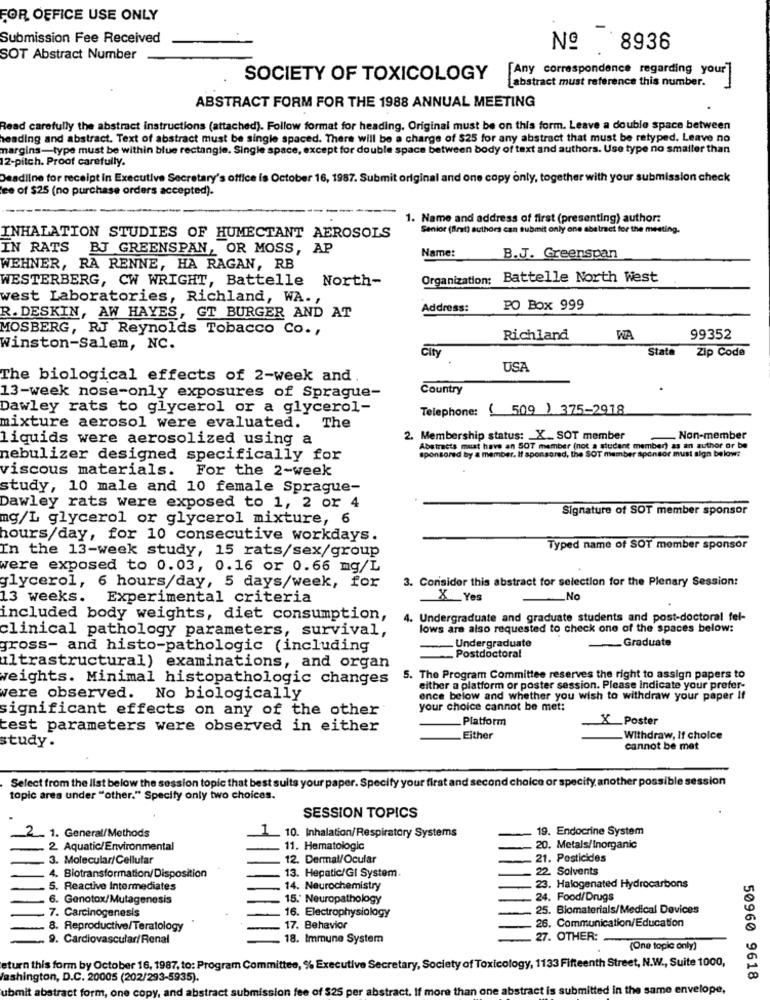
FOR OFFICE USE ONLY
Submission Fee Received
Nº 8936
SOT Abstract Number
SOCIETY OF TOXICOLOGY [Any correspondence regarding your]
Labstract must reference this number.
ABSTRACT FORM FOR THE 1988 ANNUAL MEETING
Read carefully the abstract instructions (attached). Follow format for heading. Original must be on this form. Leave a double space between
heading and abstract. Text of abstract must be single spaced. There will be a charge of $25 for any abstract that must be retyped. Leave no
margins-type must be within blue rectangle. Single space, except for double space between body of text and authors. Use type no smaller than
12-pitch. Proof carefully.
Deadline for receipt in Executive Secretary's office is October 16, 1987. Submit original and one copy only, together with your submission check
ee of $25 (no purchase orders accepted).
1. Name and address of first (presenting) author:
Senior (Brat) authors can submit only one abstract for the meeting.
INHALATION STUDIES OF HUMECTANT AEROSOLS
IN RATS BJ GREENSPAN, OR MOSS, AP
Name:
B.J. Greenspan
WEHNER, RA RENNE, HA RAGAN, RB
WESTERBERG, CW WRIGHT, Battelle North-
Organization: Battelle North West
west Laboratories, Richland, WA .,
Address:
PO Box 999
R. DESKIN, AW HAYES, GT BURGER AND AT
MOSBERG, RJ Reynolds Tobacco Co .,
Richland
WA
99352
Winston-Salem, NC.
City
State
Zip Code
USA
The biological effects of 2-week and.
Country
13-week nose-only exposures of Sprague-
Dawley rats to glycerol or a glycerol-
Telephone: ( 509) 375-2918
mixture aerosol were evaluated. The
liquids were aerosolized using a
2. Membership status: _ X_ SOT member
. Non-member
Abstracts must have an SOT member (not a student member) as an author or be
nebulizer designed specifically for
sponsored by a member. If sponsored, the SOT member sponsor must sign below:
viscous materials. For the 2-week
study, 10 male and 10 female Sprague-
Dawley rats were exposed to 1, 2 or 4
Signature of SOT member sponsor
mg/L glycerol or glycerol mixture, 6
hours/day, for 10 consecutive workdays.
In the 13-week study, 15 rats/sex/group
Typed name of SOT member sponsor
were exposed to 0.03, 0.16 or 0.66 mg/L
3. Consider this abstract for selection for the Plenary Session:
glycerol, 6 hours/day, 5 days/week, for
13 weeks. Experimental criteria
X Yes
No
included body weights, diet consumption,
4. Undergraduate and graduate students and post-doctoral fel-
clinical pathology parameters, survival,
lows are also requested to check one of the spaces below:
_Undergraduate
Graduate
gross- and histo-pathologic (including
Postdoctoral
ultrastructural) examinations, and organ
weights. Minimal histopathologic changes
5. The Program Committee reserves the right to assign papers to
either a platform or poster session. Please indicate your prefer-
vere observed. No biologically
ence below and whether you wish to withdraw your paper If
significant effects on any of the other
your choice cannot be met:
Platform
X Poster
test parameters were observed in either
study .
Either
_ Withdraw, If choice
cannot be met
Select from the list below the session topic that best suits your paper. Specify your first and second choice or specify, another possible session
topic area under "other." Specify only two choices.
SESSION TOPICS
10. Inhalation/Respiratory Systems
19. Endocrine System
. 1. General/Methods
2 Aquatic/Environmental
11. Hematologic
20. Metals/Inorganic
3. Molecular/Cellular
12. Dermal/Ocular
21. Pesticides
13. Hepatic/GI System.
22 Solvents
4. Biotransformation/Disposition
5. Reactive Intermediates
14. Neurochemistry
23. Halogenated Hydrocarbons
6. Genotax/Mutagenesis
15.' Neuropathology
24. Food/Drugs
7. Carcinogenesis
16. Electrophysiology
25. Biomaterials/Medical Devices
26. Communication/Education
8. Reproductive/Teratology
17. Behavior
. 9. Cardiovascular/Renal
18. Immune System
27. OTHER:
(One topic only)
eturn this form by October 16, 1987, to: Program Committee, % Executive Secretary, Society of Toxicology, 1133 Fifteenth Street, N.W ., Suite 1000,
ashington, D.C. 20005 (202/293-5935).
50960 9618
ubmit abstract form, one copy, and abstract submission fee of $25 per abstract. If more than one abstract is submitted in the same envelope,